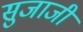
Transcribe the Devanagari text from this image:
सुजाजी